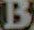
B